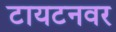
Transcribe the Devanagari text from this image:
टायटनवर